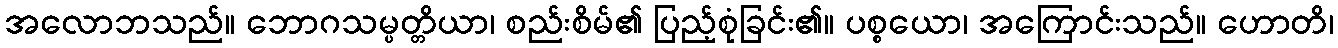
အလောဘသည်။ ဘောဂသမ္ပတ္တိယာ၊ စည်းစိမ်၏ ပြည့်စုံခြင်း၏။ ပစ္စယော၊ အကြောင်းသည်။ ဟောတိ၊